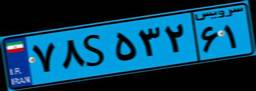
۷۸S۵۳۲۶۱